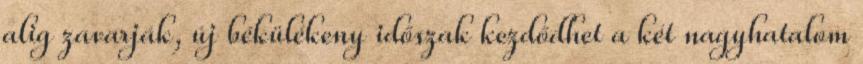
alig zavarják, új békülékeny időszak kezdődhet a két nagyhatalom